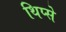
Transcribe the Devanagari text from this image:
थिप्से